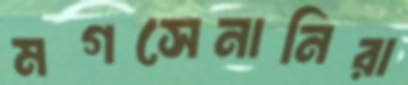
মগসেনানিরা